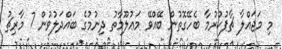
މި މަޖައްލާ ޗާޕުކުރުމާ ބެހޭގޮތުން ބޭއްވޭ މަޢުލޫމާތު ދިނުމުގެ ބައްދަލުވުން 7 މާރިޗު